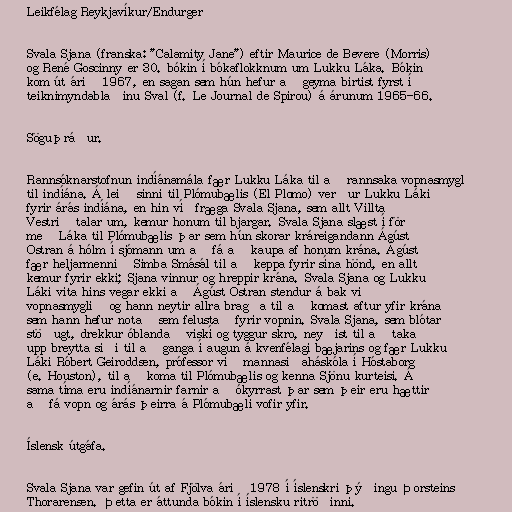
Leikfélag Reykjavíkur/Endurgerð

Svala Sjana (franska: "Calamity Jane") eftir Maurice de Bevere (Morris)
og René Goscinny er 30. bókin í bókaflokknum um Lukku Láka. Bókin
kom út árið 1967, en sagan sem hún hefur að geyma birtist fyrst í
teiknimyndablaðinu Sval (f. Le Journal de Spirou) á árunum 1965-66.

Söguþráður.

Rannsóknarstofnun indíánamála fær Lukku Láka til að rannsaka vopnasmygl
til indíána. Á leið sinni til Plómubælis (El Plomo) verður Lukku Láki
fyrir árás indíána, en hin víðfræga Svala Sjana, sem allt Villta
Vestrið talar um, kemur honum til bjargar. Svala Sjana slæst í för
með Láka til Plómubælis þar sem hún skorar kráreigandann Ágúst
Ostran á hólm í sjómann um að fá að kaupa af honum krána. Ágúst
fær heljarmennið Simba Smásál til að keppa fyrir sína hönd, en allt
kemur fyrir ekki; Sjana vinnur og hreppir krána. Svala Sjana og Lukku
Láki vita hins vegar ekki að Ágúst Ostran stendur á bak við
vopnasmyglið og hann neytir allra bragða til að komast aftur yfir krána
sem hann hefur notað sem felustað fyrir vopnin. Svala Sjana, sem blótar
stöðugt, drekkur óblandað viskí og tyggur skro, neyðist til að taka
upp breytta siði til að ganga í augun á kvenfélagi bæjarins og fær Lukku
Láki Róbert Geiroddsen, prófessor við mannasiðaháskóla í Hóstaborg
(e. Houston), til að koma til Plómubælis og kenna Sjönu kurteisi. Á
sama tíma eru indíánarnir farnir að ókyrrast þar sem þeir eru hættir
að fá vopn og árás þeirra á Plómubæli vofir yfir.

Íslensk útgáfa.

Svala Sjana var gefin út af Fjölva árið 1978 í íslenskri þýðingu Þorsteins
Thorarensen. Þetta er áttunda bókin í íslensku ritröðinni.